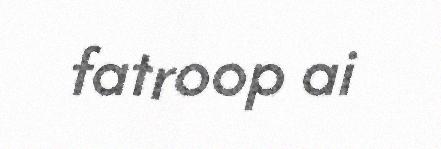
fatroop ai